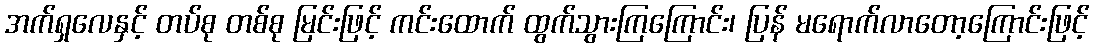
အက်ရှလေနှင့် တပ်စု တစ်စု မြင်းဖြင့် ကင်းထောက် ထွက်သွားကြကြောင်း၊ ပြန် မရောက်လာတော့ကြောင်းဖြင့်